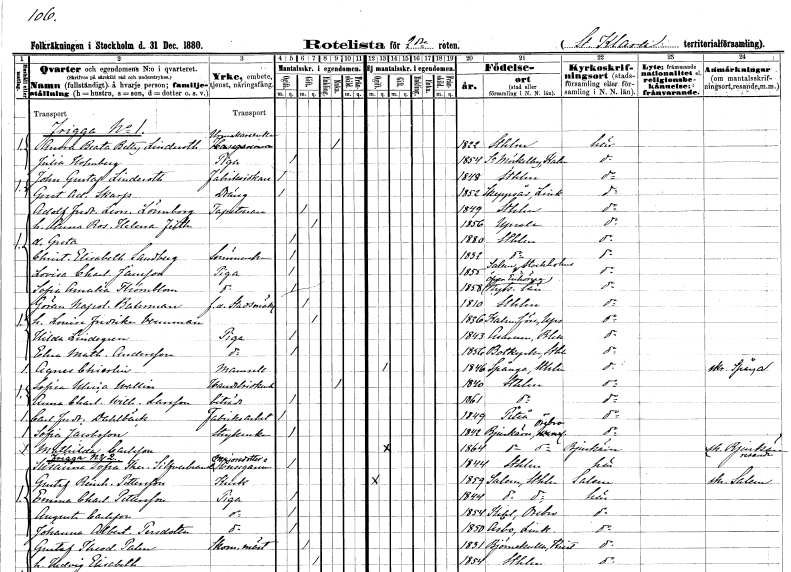
gt_parse: households: individuals: FN: Anna Beata Betty
EN: Linderoth
YRKE: Urmakareänka
KON: K
CIV: E
FODAR: 1822
FODFORS: Stockholm
FN: Julia
EN: Holmberg
YRKE: Piga
KON: K
CIV: O
FODAR: 1854
FODFORS: Södra Möckleby Kalmar län
FN: John Gustaf
EN: Linderoth
YRKE: Fabriksidkare
KON: M
CIV: O
FODAR: 1848
FODFORS: Stockholm
FN: Gustaf Adolf
EN: Skarp
YRKE: Dräng
KON: M
CIV: O
FODAR: 1852
FODFORS: Skeppsås Östergötlands län
FN: Adolf Fredrik Leonard
EN: Lönnborg
YRKE: Tapetserare
KON: M
CIV: G
FODAR: 1849
FODFORS: Stockholm
FN: Anna Rosalie Helena
EN: Felth
KON: K
CIV: G
FODAR: 1856
FODFORS: Uppsala Uppsala län
FN: Greta
KON: K
CIV: O
FODAR: 1880
FODFORS: Stockholm
FN: Christina Elisabeth
EN: Sandberg
YRKE: Sömmerska
KON: K
CIV: O
FODAR: 1832
FODFORS: Stockholm
FN: Lovisa Charlotta
EN: Jansson
YRKE: Piga
KON: K
CIV: O
FODAR: 1855
FODFORS: Salem Stockholms län
FN: Sofia Amalia
EN: Thörnblom
YRKE: Piga
KON: K
CIV: O
FODAR: 1858
FODFORS: Överenhörna Stockholms län
FN: Göran Napoleon
EN: Bahrman
YRKE: Stadsmäklare f.d.
KON: M
CIV: G
FODAR: 1810
FODFORS: Stockholm
FN: Louise Fredrika
EN: Vennman
KON: K
CIV: G
FODAR: 1836
FODFORS: Kalmar Uppsala län
FN: Hilda
EN: Lindegren
YRKE: Piga
KON: K
CIV: O
FODAR: 1843
FODFORS: Asarum Blekinge län
FN: Elna Mathilda
EN: Andersson
YRKE: Piga
KON: K
CIV: O
FODAR: 1856
FODFORS: Botkyrka Stockholms län
FN: Agnes
EN: Chierlin
KON: K
CIV: O
FODAR: 1846
FODFORS: Spånga Stockholms län
FN: Sofia Maria
EN: Wallin
YRKE: Handelsidkerska
KON: K
CIV: E
FODAR: 1840
FODFORS: Stockholm
FN: Anna Charlotta Wilhelmina
EN: Larsson
YRKE: Biträde
KON: K
CIV: O
FODAR: 1861
FODFORS: Stockholm
FN: Carl Fredrik
EN: Dahlbäck
YRKE: Fabriksarbetare
KON: M
CIV: O
FODAR: 1849
FODFORS: Piteå Norrbottens län
FN: Sofia
EN: Jacobsson
YRKE: Strykerska
KON: K
CIV: O
FODAR: 1842
FODFORS: Bjurtjärn Värmlands län
FN: Mathilda
EN: Carlsson
KON: K
CIV: O
FODAR: 1864
FODFORS: Bjurtjärn Värmlands län
FN: Susanna Sofia Theresia
EN: Silfverbrand
YRKE: Majorsdotter Husägarinna
KON: K
CIV: O
FODAR: 1844
FODFORS: Stockholm
FN: Gustaf Reinhold
EN: Pettersson
YRKE: Kusk
KON: M
CIV: O
FODAR: 1859
FODFORS: Salem Stockholms län
FN: Emma Charlotta
EN: Pettersson
YRKE: Piga
KON: K
CIV: O
FODAR: 1844
FODFORS: Salem Stockholms län
FN: Augusta
EN: Carlsson
YRKE: Piga
KON: K
CIV: O
FODAR: 1854
FODFORS: Kil Örebro län
FN: Johanna Albertina
EN: Persdotter
YRKE: Piga
KON: K
CIV: O
FODAR: 1850
FODFORS: Åsbo Östergötlands län